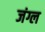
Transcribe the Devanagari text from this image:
जंग्ल